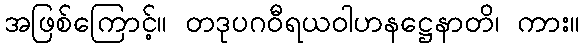
အဖြစ်ကြောင့်။ တဒုပဂဝီရယဝါဟနဋ္ဌေနာတိ၊ ကား။